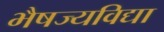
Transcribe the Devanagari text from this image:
भैषज्यविद्या